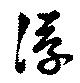
浮